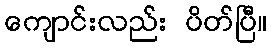
ကျောင်းလည်း ပိတ်ပြီ။